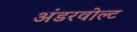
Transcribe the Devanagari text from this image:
अंडरवोल्ट